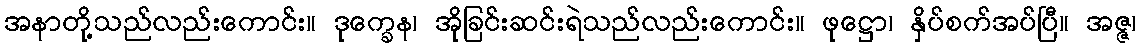
အနာတို့သည်လည်းကောင်း။ ဒုက္ခေန၊ အိုခြင်းဆင်းရဲသည်လည်းကောင်း။ ဖုဋ္ဌော၊ နှိပ်စက်အပ်ပြီ။ အဇ္ဇ၊